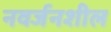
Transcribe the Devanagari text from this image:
नवर्जनशील